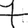
Digit: 7